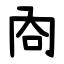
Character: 㕯